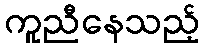
ကူညီနေသည့်